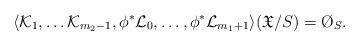
LaTeX: \begin{align*}\langle \mathcal{K}_1,\dots\mathcal{K}_{m_2-1},\phi^*\mathcal{L}_0,\dots,\phi^*\mathcal{L}_{m_1+1}\rangle(\mathfrak{X}/S)=\O_S.\end{align*}